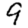
Digit: 9